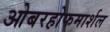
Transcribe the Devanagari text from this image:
ओबरहोफमार्शल